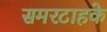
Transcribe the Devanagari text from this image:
समरटाहके